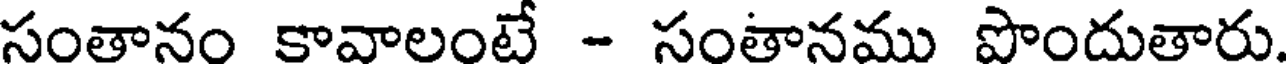
సంతానం కావాలంటే - సంతానము పొందుతారు